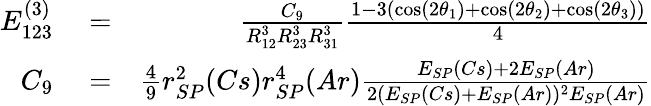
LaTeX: \begin{array}{rlr}{E_{123}^{(3)}}&{{}=}&{\frac{C_{9}}{R_{12}^{3}R_{23}^{3}R_{31}^{3}}\frac{1-3(\cos(2\theta_{1})+\cos(2\theta_{2})+\cos(2\theta_{3}))}{4}}\\ {C_{9}}&{{}=}&{\frac{4}{9}r_{SP}^{2}(Cs)r_{SP}^{4}(Ar)\frac{E_{SP}(Cs)+2E_{SP}(Ar)}{2(E_{SP}(Cs)+E_{SP}(Ar))^{2}E_{SP}(Ar)}}\end{array}